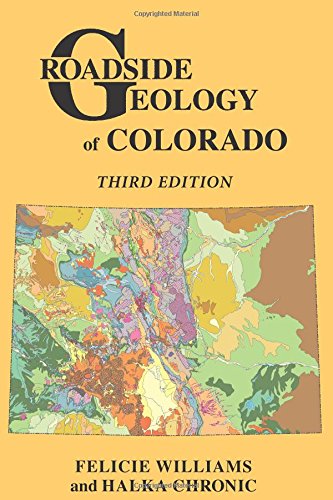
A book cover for Roadside Geology of Colorado (Roadside Geology Series); Felicie Williams; Science & Math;